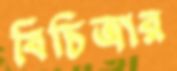
বিচিত্রার